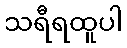
သရီရထူပါ